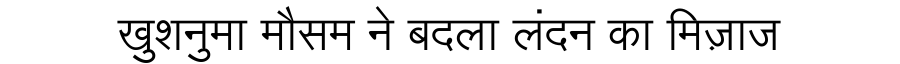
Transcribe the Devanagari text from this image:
खुशनुमा मौसम ने बदला लंदन का मिज़ाज